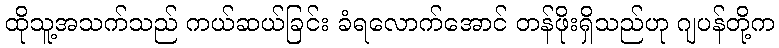
ထိုသူ့အသက်သည် ကယ်ဆယ်ခြင်း ခံရလောက်အောင် တန်ဖိုးရှိသည်ဟု ဂျပန်တို့က